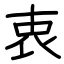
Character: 衷